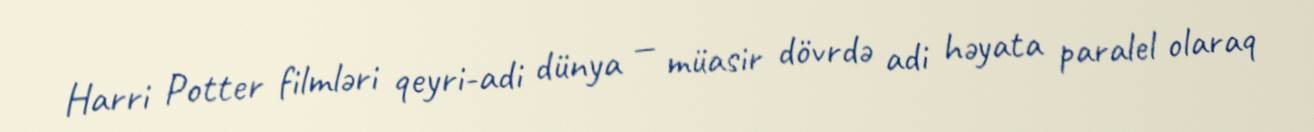
Harri Potter filmləri qeyri-adi dünya — müasir dövrdə adi həyata paralel olaraq